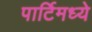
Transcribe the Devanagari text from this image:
पार्टिमध्ये